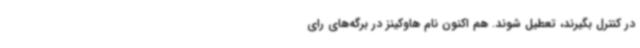
در کنترل بگیرند، تعطیل شوند. هم اکنون نام هاوکینز در برگه‌های رای